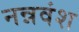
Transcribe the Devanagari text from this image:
नन्नवंश